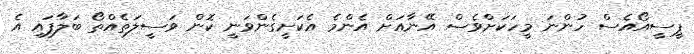
ޕީސީއޯއެސް ހުންނަ މީހަކަށްވެސް އޭނާއަށް އެންމެ އެކަށީގެންވަނީ ކޮން ވަސީލަތެއްތޯ ބަލާފައި އެ